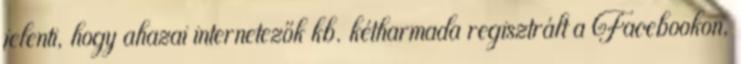
jelenti, hogy ahazai internetezők kb. kétharmada regisztrált a Facebookon,